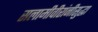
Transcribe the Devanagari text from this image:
सलामीवीरांनीसुद्धा